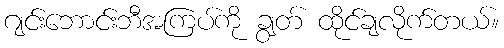
ဂျင်းဘောင်းဘီအကြပ်ကို ချွတ် ထိုင်ချလိုက်တယ်။